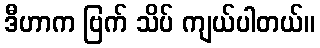
ဒီဟာက ဗြက် သိပ် ကျယ်ပါတယ်။